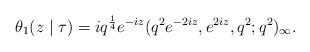
LaTeX: \begin{align*}\theta_1(z \mid\tau) =i q^{\frac{1}{4}}e^{-iz} (q^2 e^{-2iz},e^{2iz},q^2; q^2)_{\infty} .\end{align*}